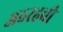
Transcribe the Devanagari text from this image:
अठरहवीं